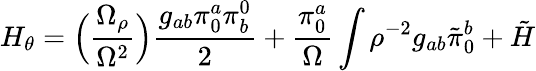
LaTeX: H_{\theta}=\Bigl({\frac{\Omega_{\rho}}{\Omega^{2}}}\Bigr){\frac{g_{ab}\pi_{0}^{a}\pi_{b}^{0}}{2}}+{\frac{\pi_{0}^{a}}{\Omega}}\int\rho^{-2}g_{ab}\tilde{\pi}_{0}^{b}+\tilde{H}